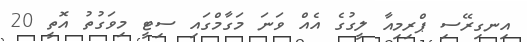
އިނގިރޭސި ޕްރިމިއާ ލީގުގެ އެއް ވަނަ މަގާމްގައި ސިޓީ މިވަގުތު އޮތީ 20